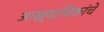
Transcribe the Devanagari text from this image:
आख्यायिकांचे